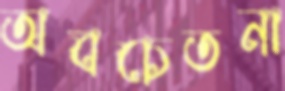
অবচেতনা